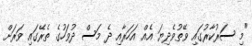
"މި ސަރުކާރުގައި ވޭތުވެދިޔަ އެއް އަހަރާއި ދެ މަސް ދުވަހުގެ ތެރޭގައި ވަރަށް